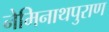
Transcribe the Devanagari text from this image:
नेमिनाथपुराण